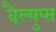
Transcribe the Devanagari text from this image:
वैल्युप्स